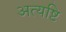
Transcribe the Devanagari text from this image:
अत्यष्टि